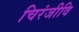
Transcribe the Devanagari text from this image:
चिरंजीवि